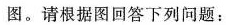
图。请根据图回答下列问题：